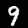
Label: 9